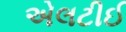
એલટીઈ